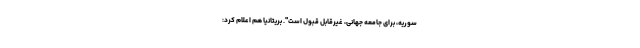
سوریه، برای جامعه جهانی، غیرقابل قبول است". بریتانیا هم اعلام کرد: